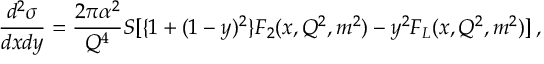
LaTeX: \frac { d ^ { 2 } \sigma } { d x d y } = \frac { 2 \pi \alpha ^ { 2 } } { Q ^ { 4 } } S [ \{ 1 + ( 1 - y ) ^ { 2 } \} F _ { 2 } ( x , Q ^ { 2 } , m ^ { 2 } ) - y ^ { 2 } F _ { L } ( x , Q ^ { 2 } , m ^ { 2 } ) ] \, ,